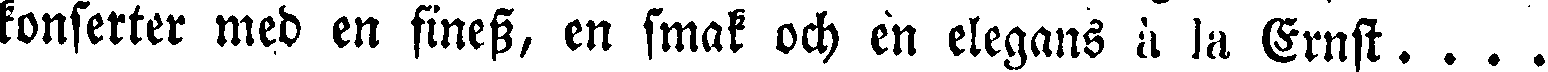
konserter med en finess, en smak och en elegans à la Ernst. . . .